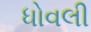
ધોવલી